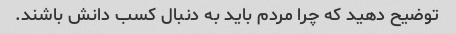
توضیح دهید که چرا مردم باید به دنبال کسب دانش باشند.